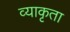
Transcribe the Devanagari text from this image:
व्याकृता